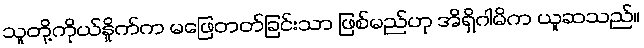
သူတို့ကိုယ်နှိုက်က မဖြေတတ်ခြင်းသာ ဖြစ်မည်ဟု အိရှိဂါမိက ယူဆသည်။